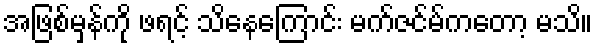
အဖြစ်မှန်ကို ဖရင့် သိနေကြောင်း မက်ဇင်မ်ကတော့ မသိ။